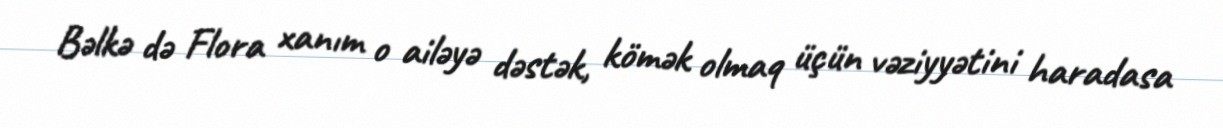
Bəlkə də Flora xanım o ailəyə dəstək, kömək olmaq üçün vəziyyətini haradasa